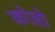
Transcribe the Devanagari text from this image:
कोहो